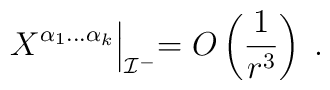
X^{\alpha_1 \ldots \alpha_k}\Bigl|_{{\cal I}^-} =O\left( \frac{1}{r^3}\right)\; .